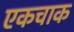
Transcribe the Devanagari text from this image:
एकचाक